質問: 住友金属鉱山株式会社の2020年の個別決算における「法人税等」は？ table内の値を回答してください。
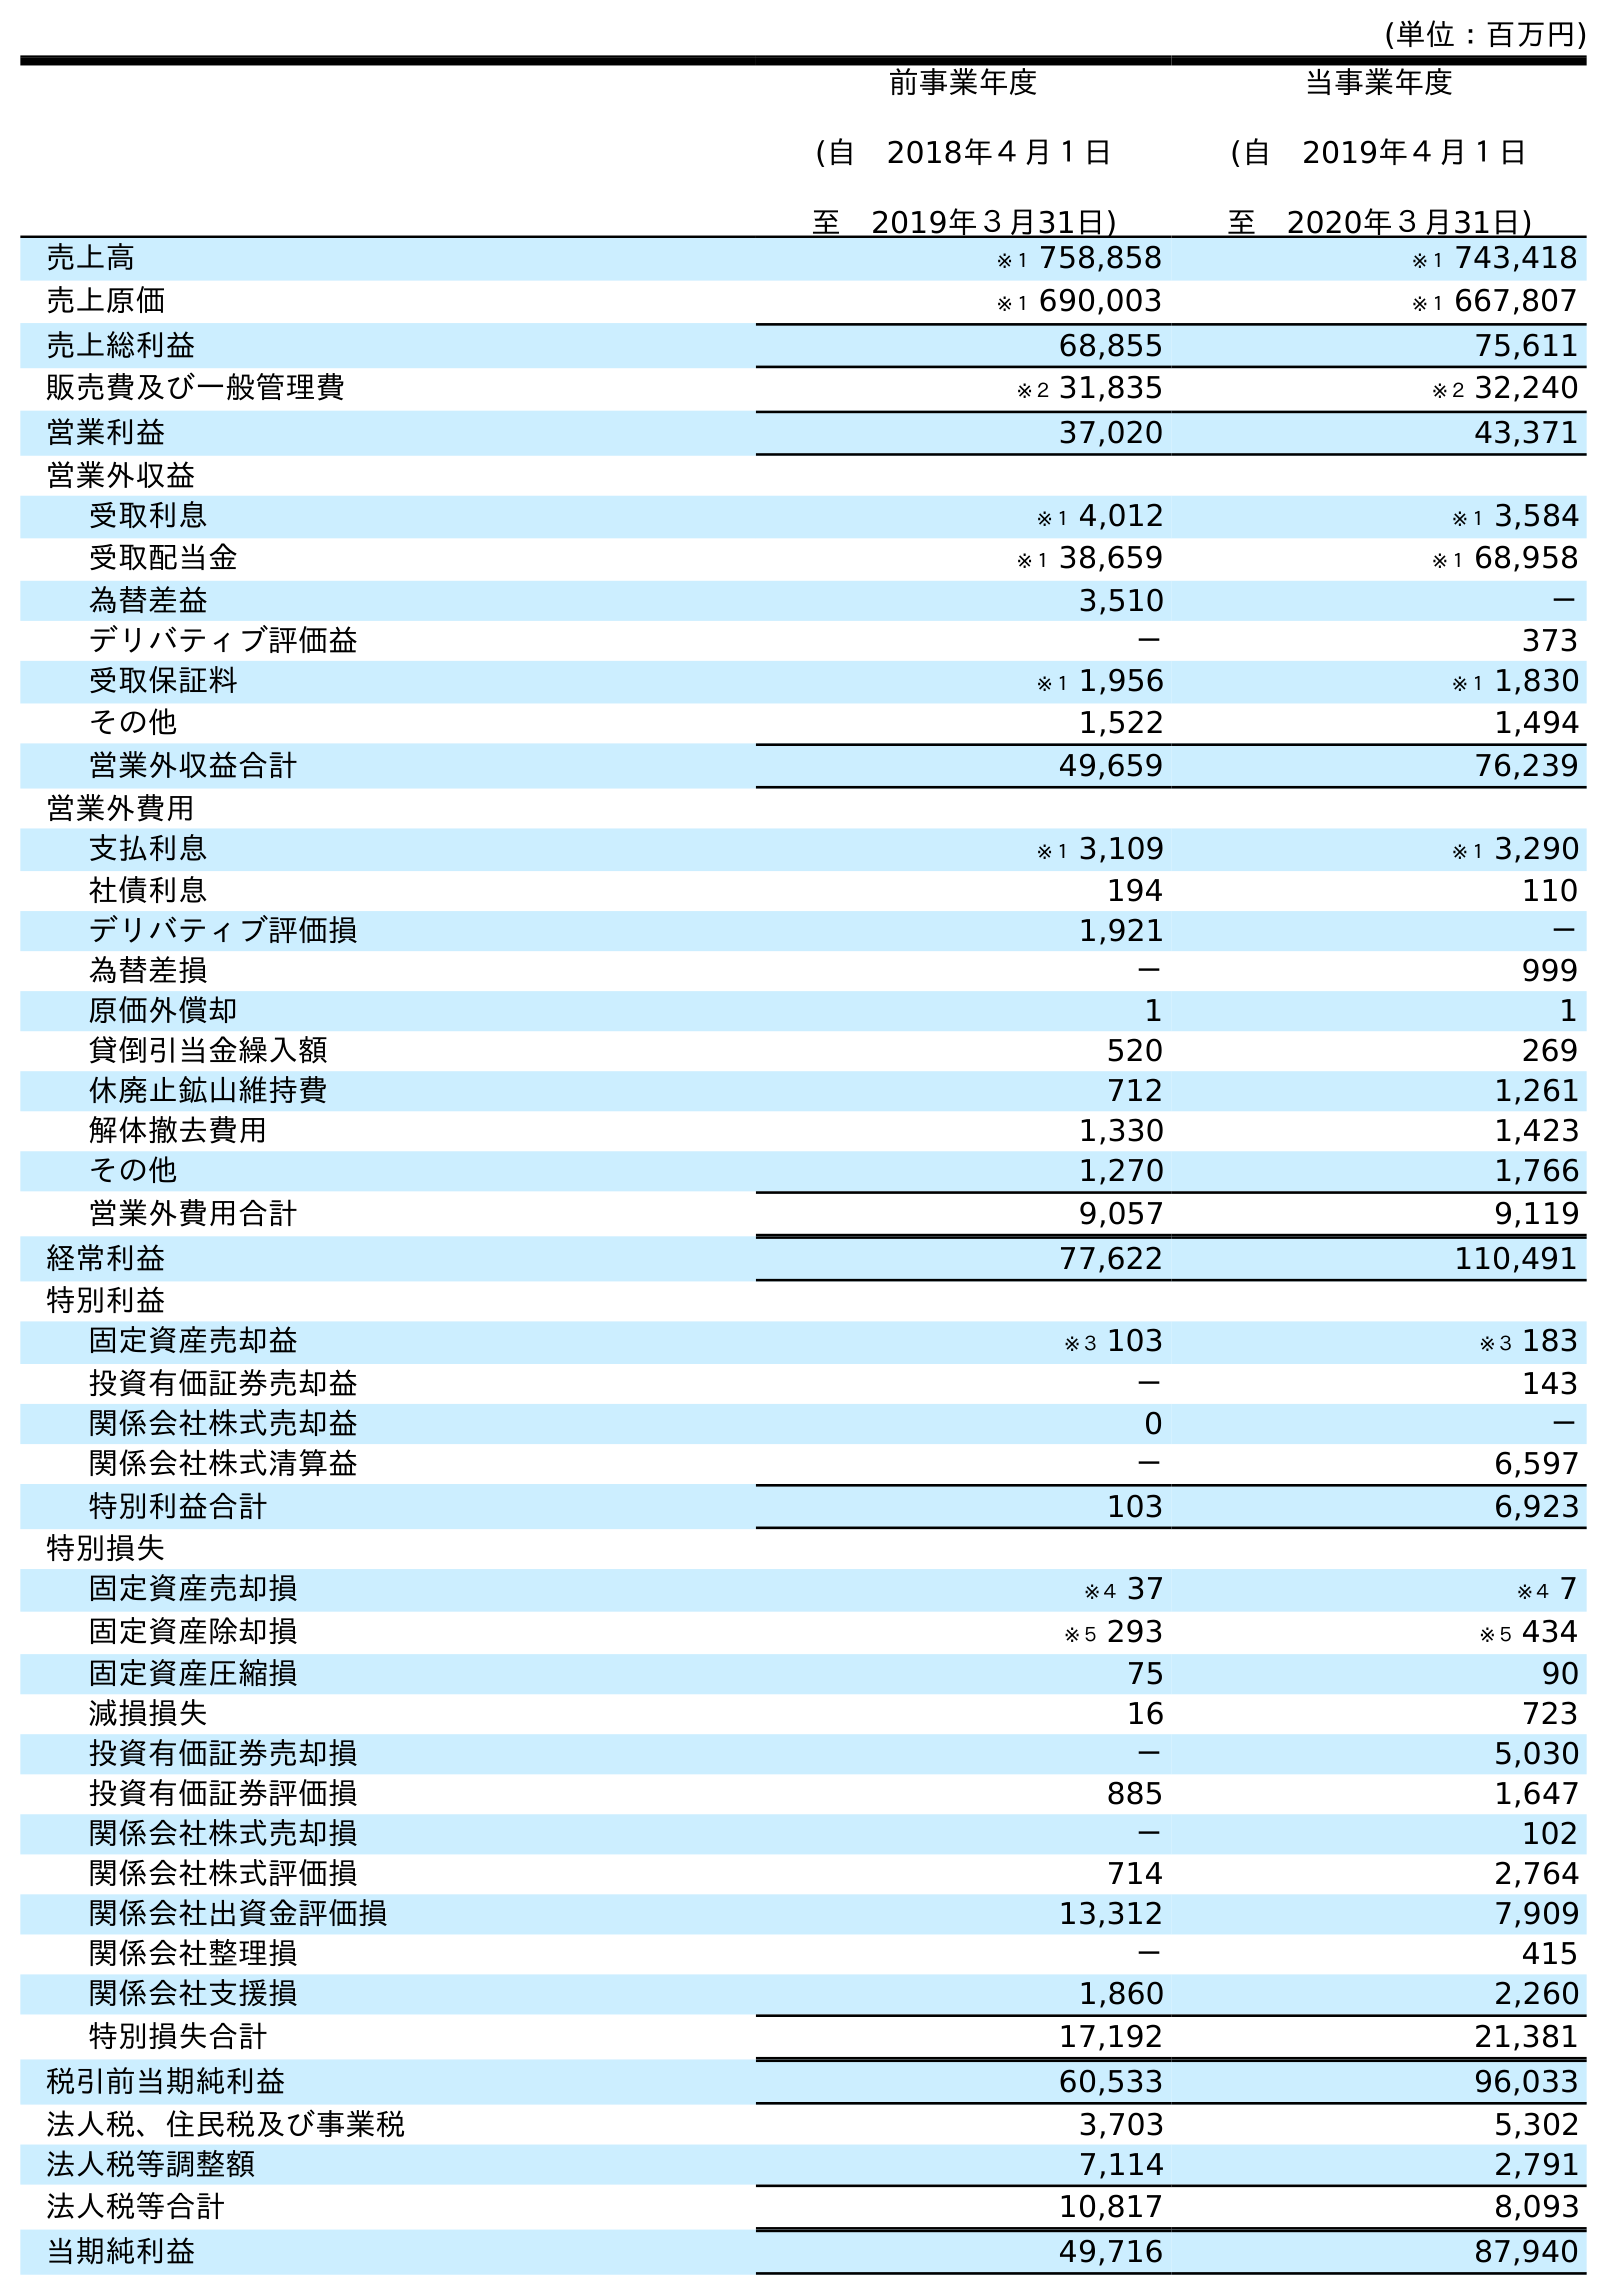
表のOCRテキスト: (単位：百万円) 前事業年度 (自 2018年４月１日 至 2019年３月31日) 当事業年度 (自 2019年４月１日 至 2020年３月31日) 売上高 ※１ 758,858 ※１ 743,418 売上原価 ※１ 690,003 ※１ 667,807 売上総利益 68,855 75,611 販売費及び一般管理費 ※２ 31,835 ※２ 32,240 営業利益 37,020 43,371 営業外収益 受取利息 ※１ 4,012 ※１ 3,584 受取配当金 ※１ 38,659 ※１ 68,958 為替差益 3,510 － デリバティブ評価益 － 373 受取保証料 ※１ 1,956 ※１ 1,830 その他 1,522 1,494 営業外収益合計 49,659 76,239 営業外費用 支払利息 ※１ 3,109 ※１ 3,290 社債利息 194 110 デリバティブ評価損 1,921 － 為替差損 － 999 原価外償却 1 1 貸倒引当金繰入額 520 269 休廃止鉱山維持費 712 1,261 解体撤去費用 1,330 1,423 その他 1,270 1,766 営業外費用合計 9,057 9,119 経常利益 77,622 110,491 特別利益 固定資産売却益 ※３ 103 ※３ 183 投資有価証券売却益 － 143 関係会社株式売却益 0 － 関係会社株式清算益 － 6,597 特別利益合計 103 6,923 特別損失 固定資産売却損 ※４ 37 ※４ 7 固定資産除却損 ※５ 293 ※５ 434 固定資産圧縮損 75 90 減損損失 16 723 投資有価証券売却損 － 5,030 投資有価証券評価損 885 1,647 関係会社株式売却損 － 102 関係会社株式評価損 714 2,764 関係会社出資金評価損 13,312 7,909 関係会社整理損 － 415 関係会社支援損 1,860 2,260 特別損失合計 17,192 21,381 税引前当期純利益 60,533 96,033 法人税、住民税及び事業税 3,703 5,302 法人税等調整額 7,114 2,791 法人税等合計 10,817 8,093 当期純利益 49,716 87,940
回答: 8,093